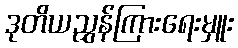
ဒုတိယညွှန်ကြားရေးမှူး